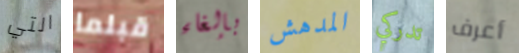
التي قبلما بإلغاء المدهش تدركي أعرف